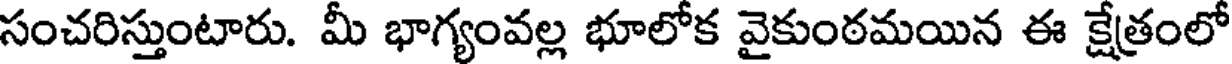
సంచరిస్తుంటారు. మీ భాగ్యంవల్ల భూలోక వైకుంఠమయిన ఈ క్షేత్రంలో